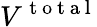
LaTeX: V^{\mathrm{~t~o~t~a~l~}}